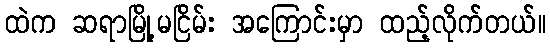
ထဲက ဆရာမြို့မငြိမ်း အကြောင်းမှာ ထည့်လိုက်တယ်။